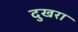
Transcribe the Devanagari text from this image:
दुखरा